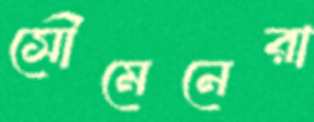
সৌমেনেরা